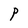
Character: P